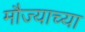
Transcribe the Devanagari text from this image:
मौज्याच्या